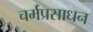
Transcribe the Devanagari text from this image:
चर्मप्रसाधन